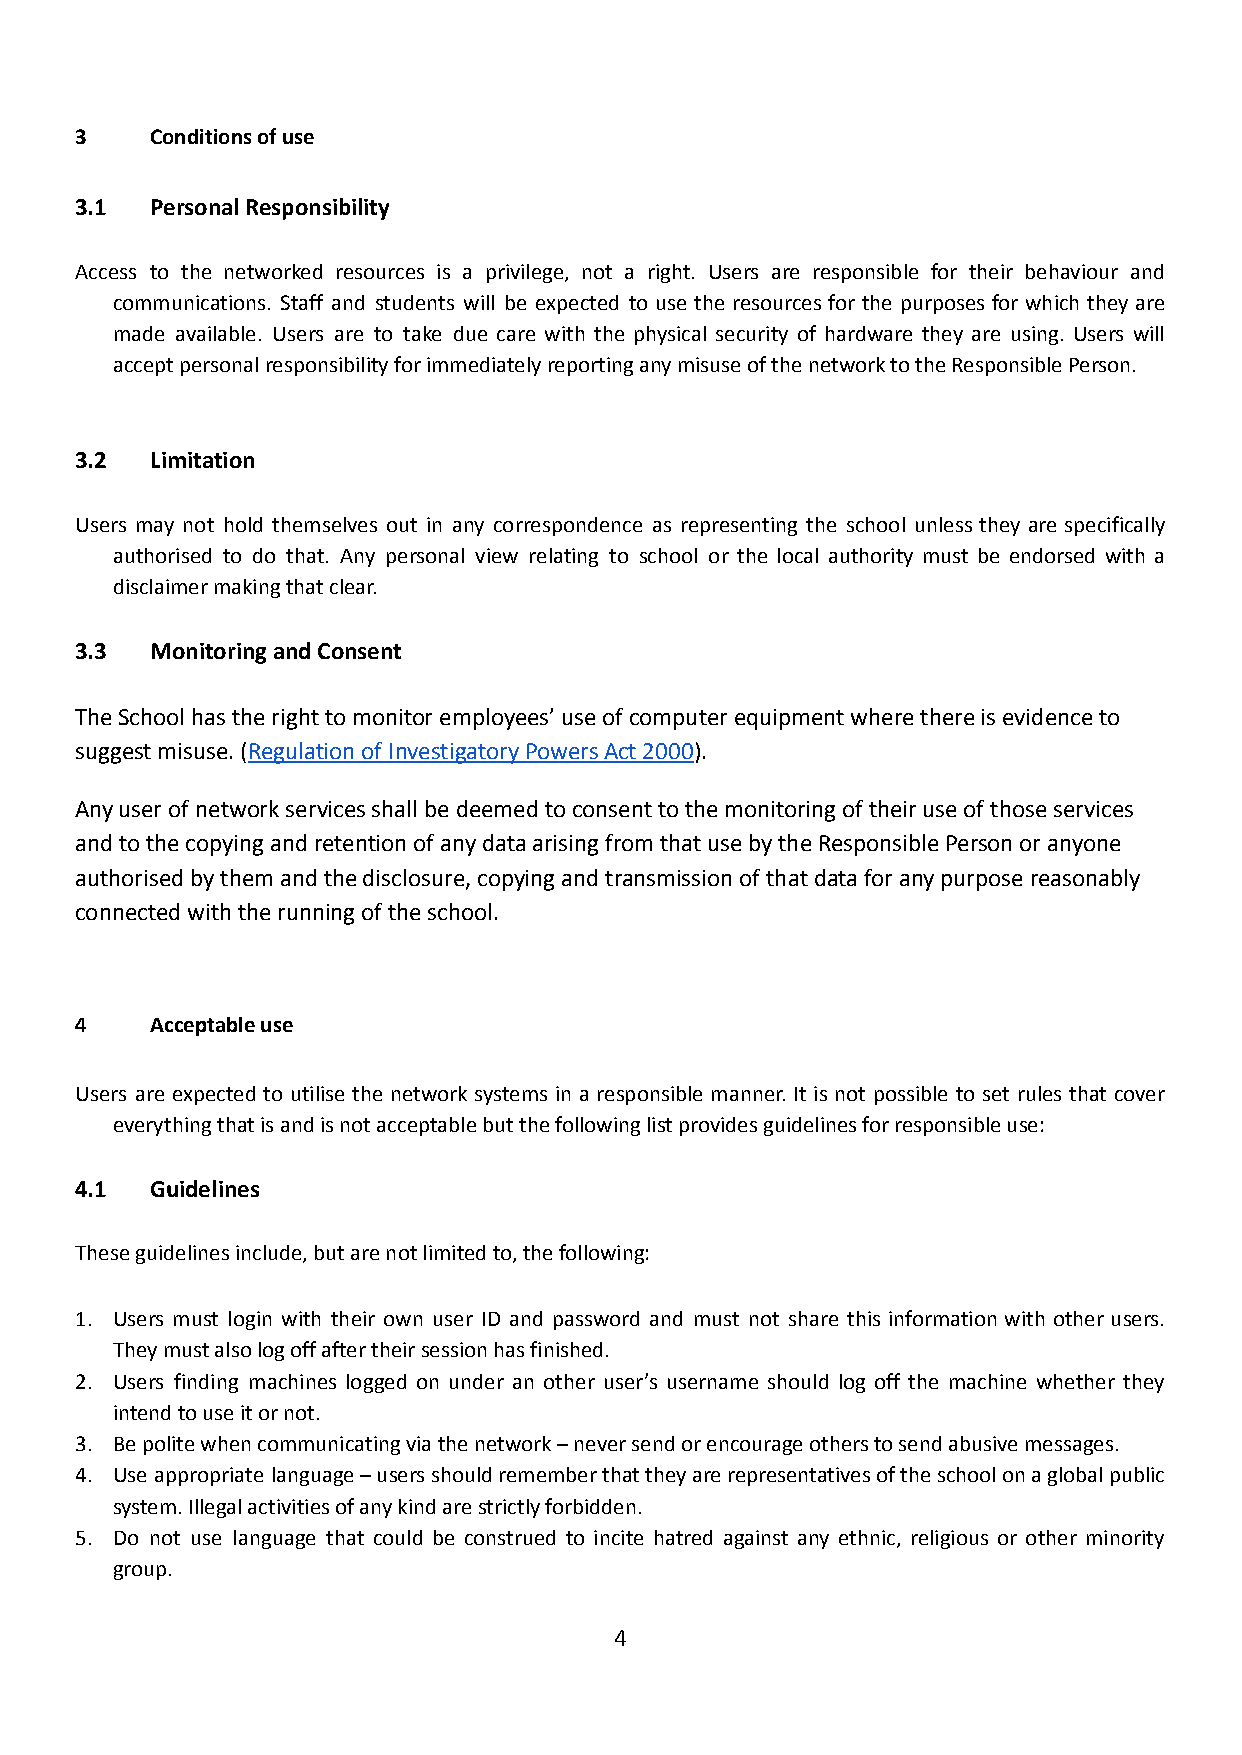
3    Conditions of use
 3.1  Personal Responsibility
 Access to the networked resources is a privilege, not a right. Users are responsible for their behaviour and
 communications. Staff and students will be expected to use the resources for the purposes for which they are
 made available. Users are to take due care with the physical security of hardware they are using. Users will
 accept personal responsibility for immediately reporting any misuse of the network tothe Responsible Person.
 3.2  Limitation
 Users may not hold themselves out in any correspondence as representing the school unless they are specifically
 authorised to do that. Any personal view relating to school or the local authority must be endorsed with a
 disclaimer making that clear.
 3.3  Monitoring and Consent
 The School has the right to monitor employees’ use of computer equipment where there is evidence to
 suggest misuse. (Regulation of Investigatory PowersAct 2000).
 Any user of network services shall be deemed to consent to the monitoring of their use of those services
 and to the copying and retention of any data arising from that use by the Responsible Person or anyone
 authorised by them and the disclosure, copying and transmission of that data for any purpose reasonably
 connected with the running of the school.
 4    Acceptable use
 Users are expected to utilise the network systems in a responsible manner. It is not possible to set rules that cover
 everything that is and is not acceptable but the following list provides guidelines for responsible use:
 4.1  Guidelines
 These guidelines include, but are not limited to, the following:
 1. Users must login with their own user ID and password and must not share this information with other users.
 They must also log off after their session has finished.
 2. Users finding machines logged on under an other user’s username should log off the machine whether they
 intend to use it or not.
 3. Be polite when communicating via the network – never send or encourage others to send abusive messages.
 4. Use appropriate language–usersshouldrememberthattheyarerepresentativesoftheschoolonaglobalpublic
 system. Illegal activities of any kind are strictly forbidden.
 5. Do not use language that could be construed to incite hatred against any ethnic, religious or other minority
 group.
 4